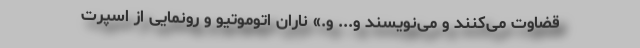
قضاوت می‌کنند و می‌نویسند و... و.» ناران اتوموتیو و رونمایی از اسپرت